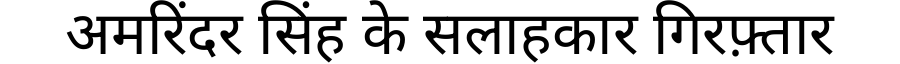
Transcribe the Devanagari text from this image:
अमरिंदर सिंह के सलाहकार गिरफ़्तार